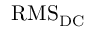
{ \mathrm { R M S } } _ { \mathrm { D C } }